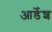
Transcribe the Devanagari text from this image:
आर्डेश